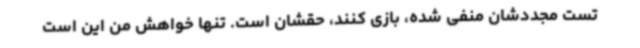
تست مجددشان منفی شده، بازی کنند، حقشان است. تنها خواهش من این است